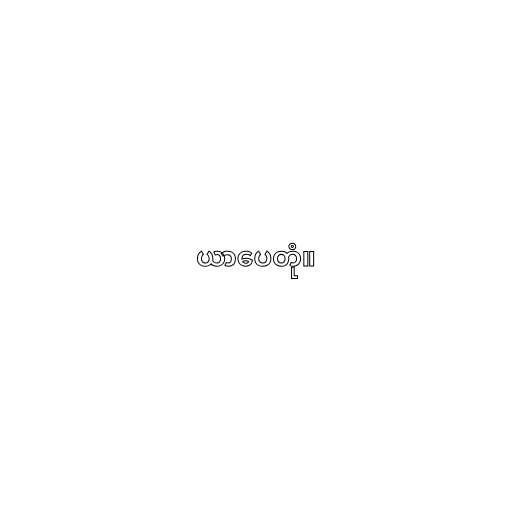
ယာပေတုံ။